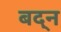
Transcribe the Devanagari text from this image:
बद्न